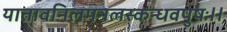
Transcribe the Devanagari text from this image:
यातावनिलमनलस्कन्धवपुषः।।